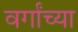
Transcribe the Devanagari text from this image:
वर्गांच्‍या